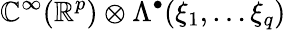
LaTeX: \mathbb{C}^{\infty}(\mathbb{{R}}^{p})\otimes\Lambda^{\bullet}(\xi_{1},\dots\xi_{q})